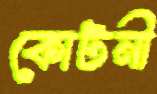
কোটনী